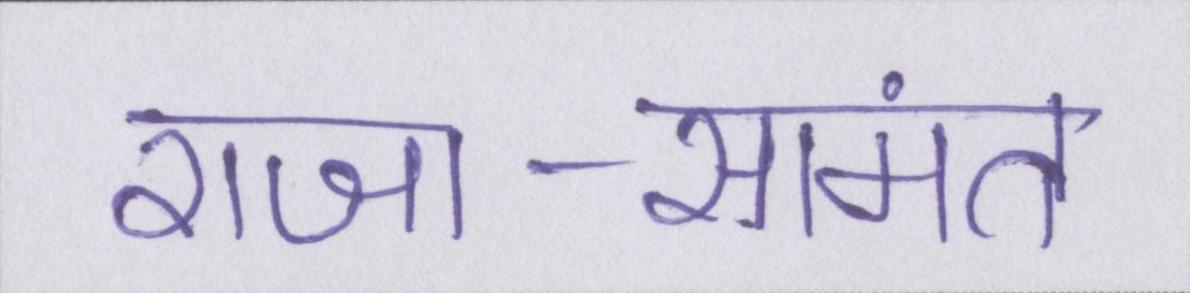
राजा-सामंत